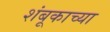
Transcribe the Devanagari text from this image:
शंबूकाच्या